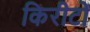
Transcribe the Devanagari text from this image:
किरीटों